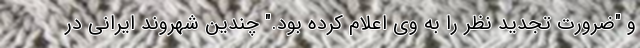
و "ضرورت تجدید نظر را به وی اعلام کرده بود." چندین شهروند ایرانی در